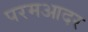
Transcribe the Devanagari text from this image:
परमआदर